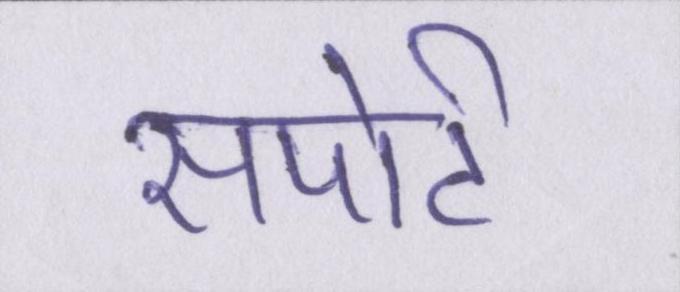
सपोर्ट